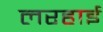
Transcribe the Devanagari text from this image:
लरहाई